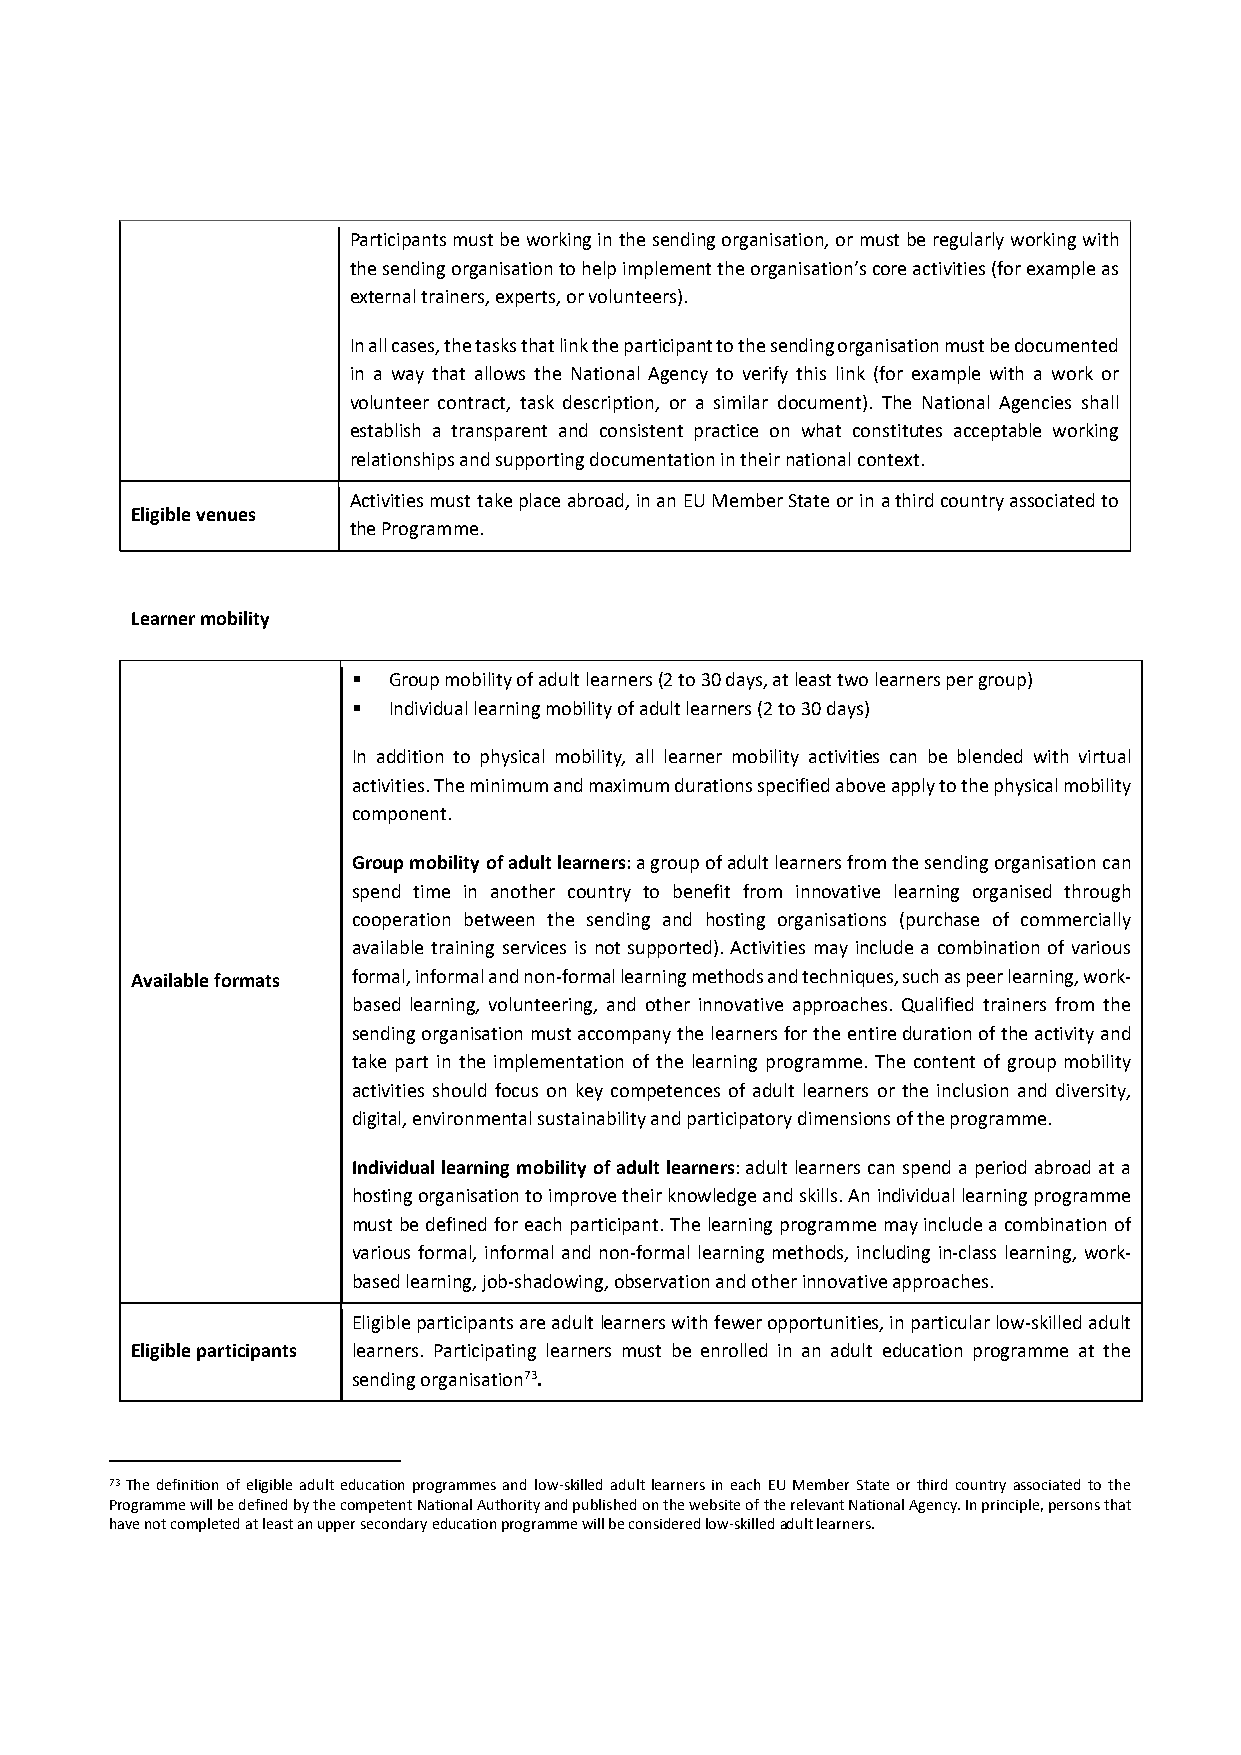
Participants must be working in the sending organisation, or must be regularly working with
 the sending organisation to help implement the organisation’s core activities (for example as
 external trainers, experts, or volunteers).
 In all cases, the tasks that link the participant to the sending organisation must be documented
 in a way that allows the National Agency to verify this link (for example with a work or
 volunteer contract, task description, or a similar document). The National Agencies shall
 establish a transparent and consistent practice on what constitutes acceptable working
 relationships and supporting documentation in their national context.
 Activities must take place abroad, in an EU Member State or in a third country associated to
 Eligible venues
 the Programme.
 Learner mobility
   Group mobility of adult learners (2 to 30 days, at least two learners per group)
   Individual learning mobility of adult learners (2 to 30 days)
 In addition to physical mobility, all learner mobility activities can be blended with virtual
 activities. The minimum and maximum durations specified above apply to the physical mobility
 component.
 Group mobility of adult learners: a group of adult learners from the sending organisation can
 spend time in another country to benefit from innovative learning organised through
 cooperation between the sending and hosting organisations (purchase of commercially
 available training services is not supported). Activities may include a combination of various
 Available formats formal, informal and non‐formal learning methods and techniques, such as peer learning, work‐
 based learning, volunteering, and other innovative approaches. Qualified trainers from the
 sending organisation must accompany the learners for the entire duration of the activity and
 take part in the implementation of the learning programme. The content of group mobility
 activities should focus on key competences of adult learners or the inclusion and diversity,
 digital, environmental sustainability and participatory dimensions of the programme.
 Individual learning mobility of adult learners: adult learners can spend a period abroad at a
 hosting organisation to improve their knowledge and skills. An individual learning programme
 must be defined for each participant. The learning programme may include a combination of
 various formal, informal and non‐formal learning methods, including in‐class learning, work‐
 based learning, job‐shadowing, observation and other innovative approaches.
 Eligible participants are adult learners with fewer opportunities, in particular low‐skilled adult
 Eligible participants learners. Participating learners must be enrolled in an adult education programme at the
 sending organisation73.
 73 The definition of eligible adult education programmes and low‐skilled adult learners in each EU Member State or third country associated to the
 Programme will be defined by the competent National Authority and published on the website of the relevant National Agency. In principle, persons that
 have not completed at least an upper secondary education programme will be considered low‐skilled adult learners.